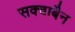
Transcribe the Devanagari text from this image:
सक्वाबैन